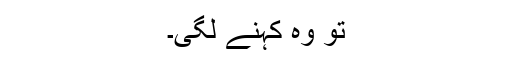
تو وہ کہنے لگی۔